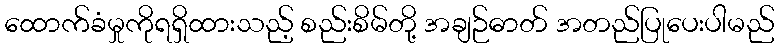
ထောက်ခံမှုကိုရရှိထားသည့် စည်းစိမ်တို့ အချဉ်ဓာတ် အတည်ပြုပေးပါမည်